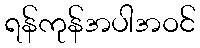
ရန်ကုန်အပါအဝင်